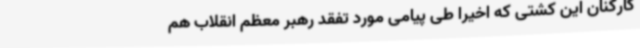
کارکنان این کشتی که اخیراً طی پیامی مورد تفقد رهبر معظم انقلاب هم